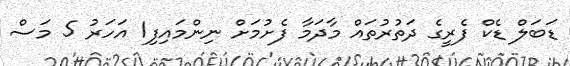
ޑަބަލް ޑެކް ފެރީގެ ދަތުރުތައް މާދަމާ ފެށުމަށް ނިންމައިފި1 އަހަރު 5 މަސް